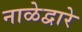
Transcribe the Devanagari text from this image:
नाळेद्वारे